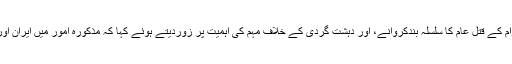
صدر مملکت نے ، اس خطے کی سلامتی ، یمن میں بے گناہ عوام کے قتل عام کا سلسلہ بندکروانے، اور دہشت گردی کے خلاف مہم کی اہمیت پر زوردیتے ہوئے کہا کہ مذکورہ امور میں ایران اور یورپی یونین ایک دوسرے کے ساتھ مثبت تعاون کرسکتے ہیں۔